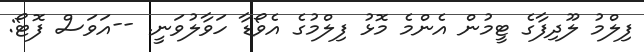
ފިލްމު ލޫދިފާގެ ޓީމުން އެންމެ މޮޅު ފިލްމުގެ އެވޯޑާ ހަވާލުވަނީ. --އަވަސް ފޮޓޯ: